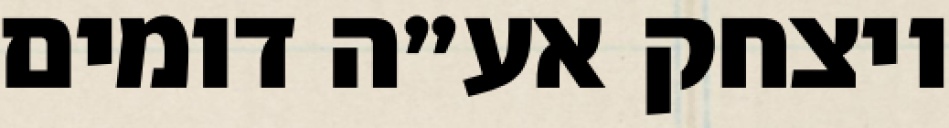
ויצחק אע״ה דומים